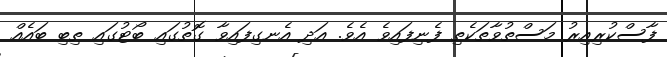
ފާސްކުރިއިރު މަސްތުވާތަކެތި ފެނިފައިވެ އެވެ. އަދި އެނގިފައިވާ ގޮތުގައި ބޯޓުގައި ތިބި ބައެއް